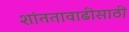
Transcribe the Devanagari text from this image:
शांततावाढीसाठी